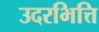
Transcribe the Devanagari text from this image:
उदरभित्ति